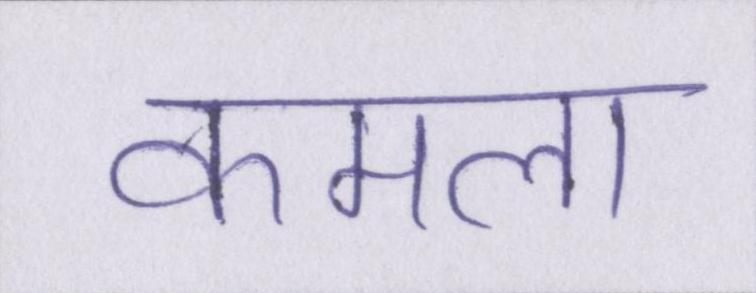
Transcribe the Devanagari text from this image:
कमला